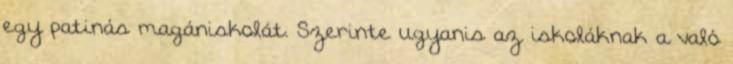
egy patinás magániskolát. Szerinte ugyanis az iskoláknak a való